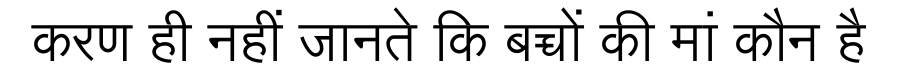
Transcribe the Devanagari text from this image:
करण ही नहीं जानते कि बच्चों की मां कौन है